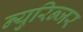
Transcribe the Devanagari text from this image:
न्युरिन्जर